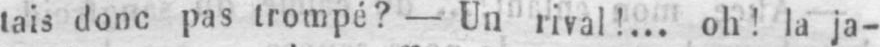
tais donc pas trompé? - Un rival!... oh! la ja-